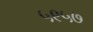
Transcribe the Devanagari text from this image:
५९५७